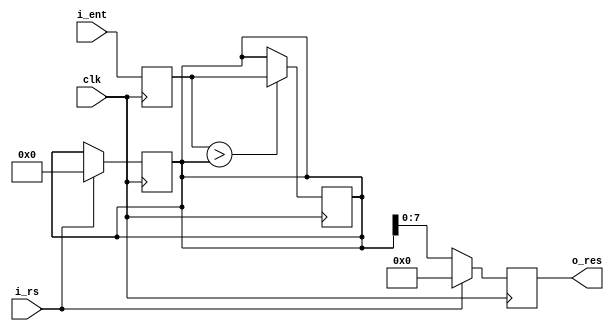
`timescale 1ns / 1ps
//////////////////////////////////////////////////////////////////////////////////
// Company: 
// Engineer: 
// 
// Design Name: 
// Module Name:    ejercicio_4 
// Project Name: 
// Target Devices: 
// Tool versions: 
// Description: 
//
// Dependencies: 
//
// Revision: 
// Revision 0.01 - File Created
// Additional Comments: 

//4.	Desarrolle un modelo Verilog de un detector de picos que encuentre el valor mximo dentro de una secuencia de enteros
// sin signo de 10 bit. Un nuevo nmero arriba a la entrada con un flanco ascendente del reloj. El valor del mximo nmero
// ingresado deber ser mostrado en los 8 de los leds de usuario presentes en el kit de desarrollo BASYS 2. Se deber
// implementar una seal de RESET utilizando uno de los pulsadores dispuestos en el kit para el usuario. El valor mximo
// mostrado en los leds ser borrado (todos los leds apagados) cuando llegue un reset. 
//
//////////////////////////////////////////////////////////////////////////////////
module ejercicio_4(
	input wire [9:0]i_ent,
	input wire i_rs,
	output reg [7:0]o_res,
	
	input wire clk
    );
	 
	 reg [9:0]ff_ent;
	 reg [9:0]ff_aux = 0;
	 
	 always@(posedge clk)
	 begin
	 ff_ent <= i_ent;
	 end
	 
	 always@(posedge clk)
	 begin
	 if(ff_ent > ff_aux)
	 ff_aux <= ff_ent;
	 end
	 
	 always@(posedge clk)
	 begin
	 if(i_rs == 0)
	 o_res <= ff_aux;
	 else
	 begin
	 o_res <= 0;
	 ff_aux <= 0;
	 end
	 
	 end

endmodule